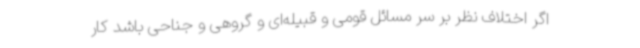
اگر اختلاف نظر بر سر مسائل قومی و قبیله‌ای و گروهی و جناحی باشد کار